kultuurilooline_kollektsioon, lk 11
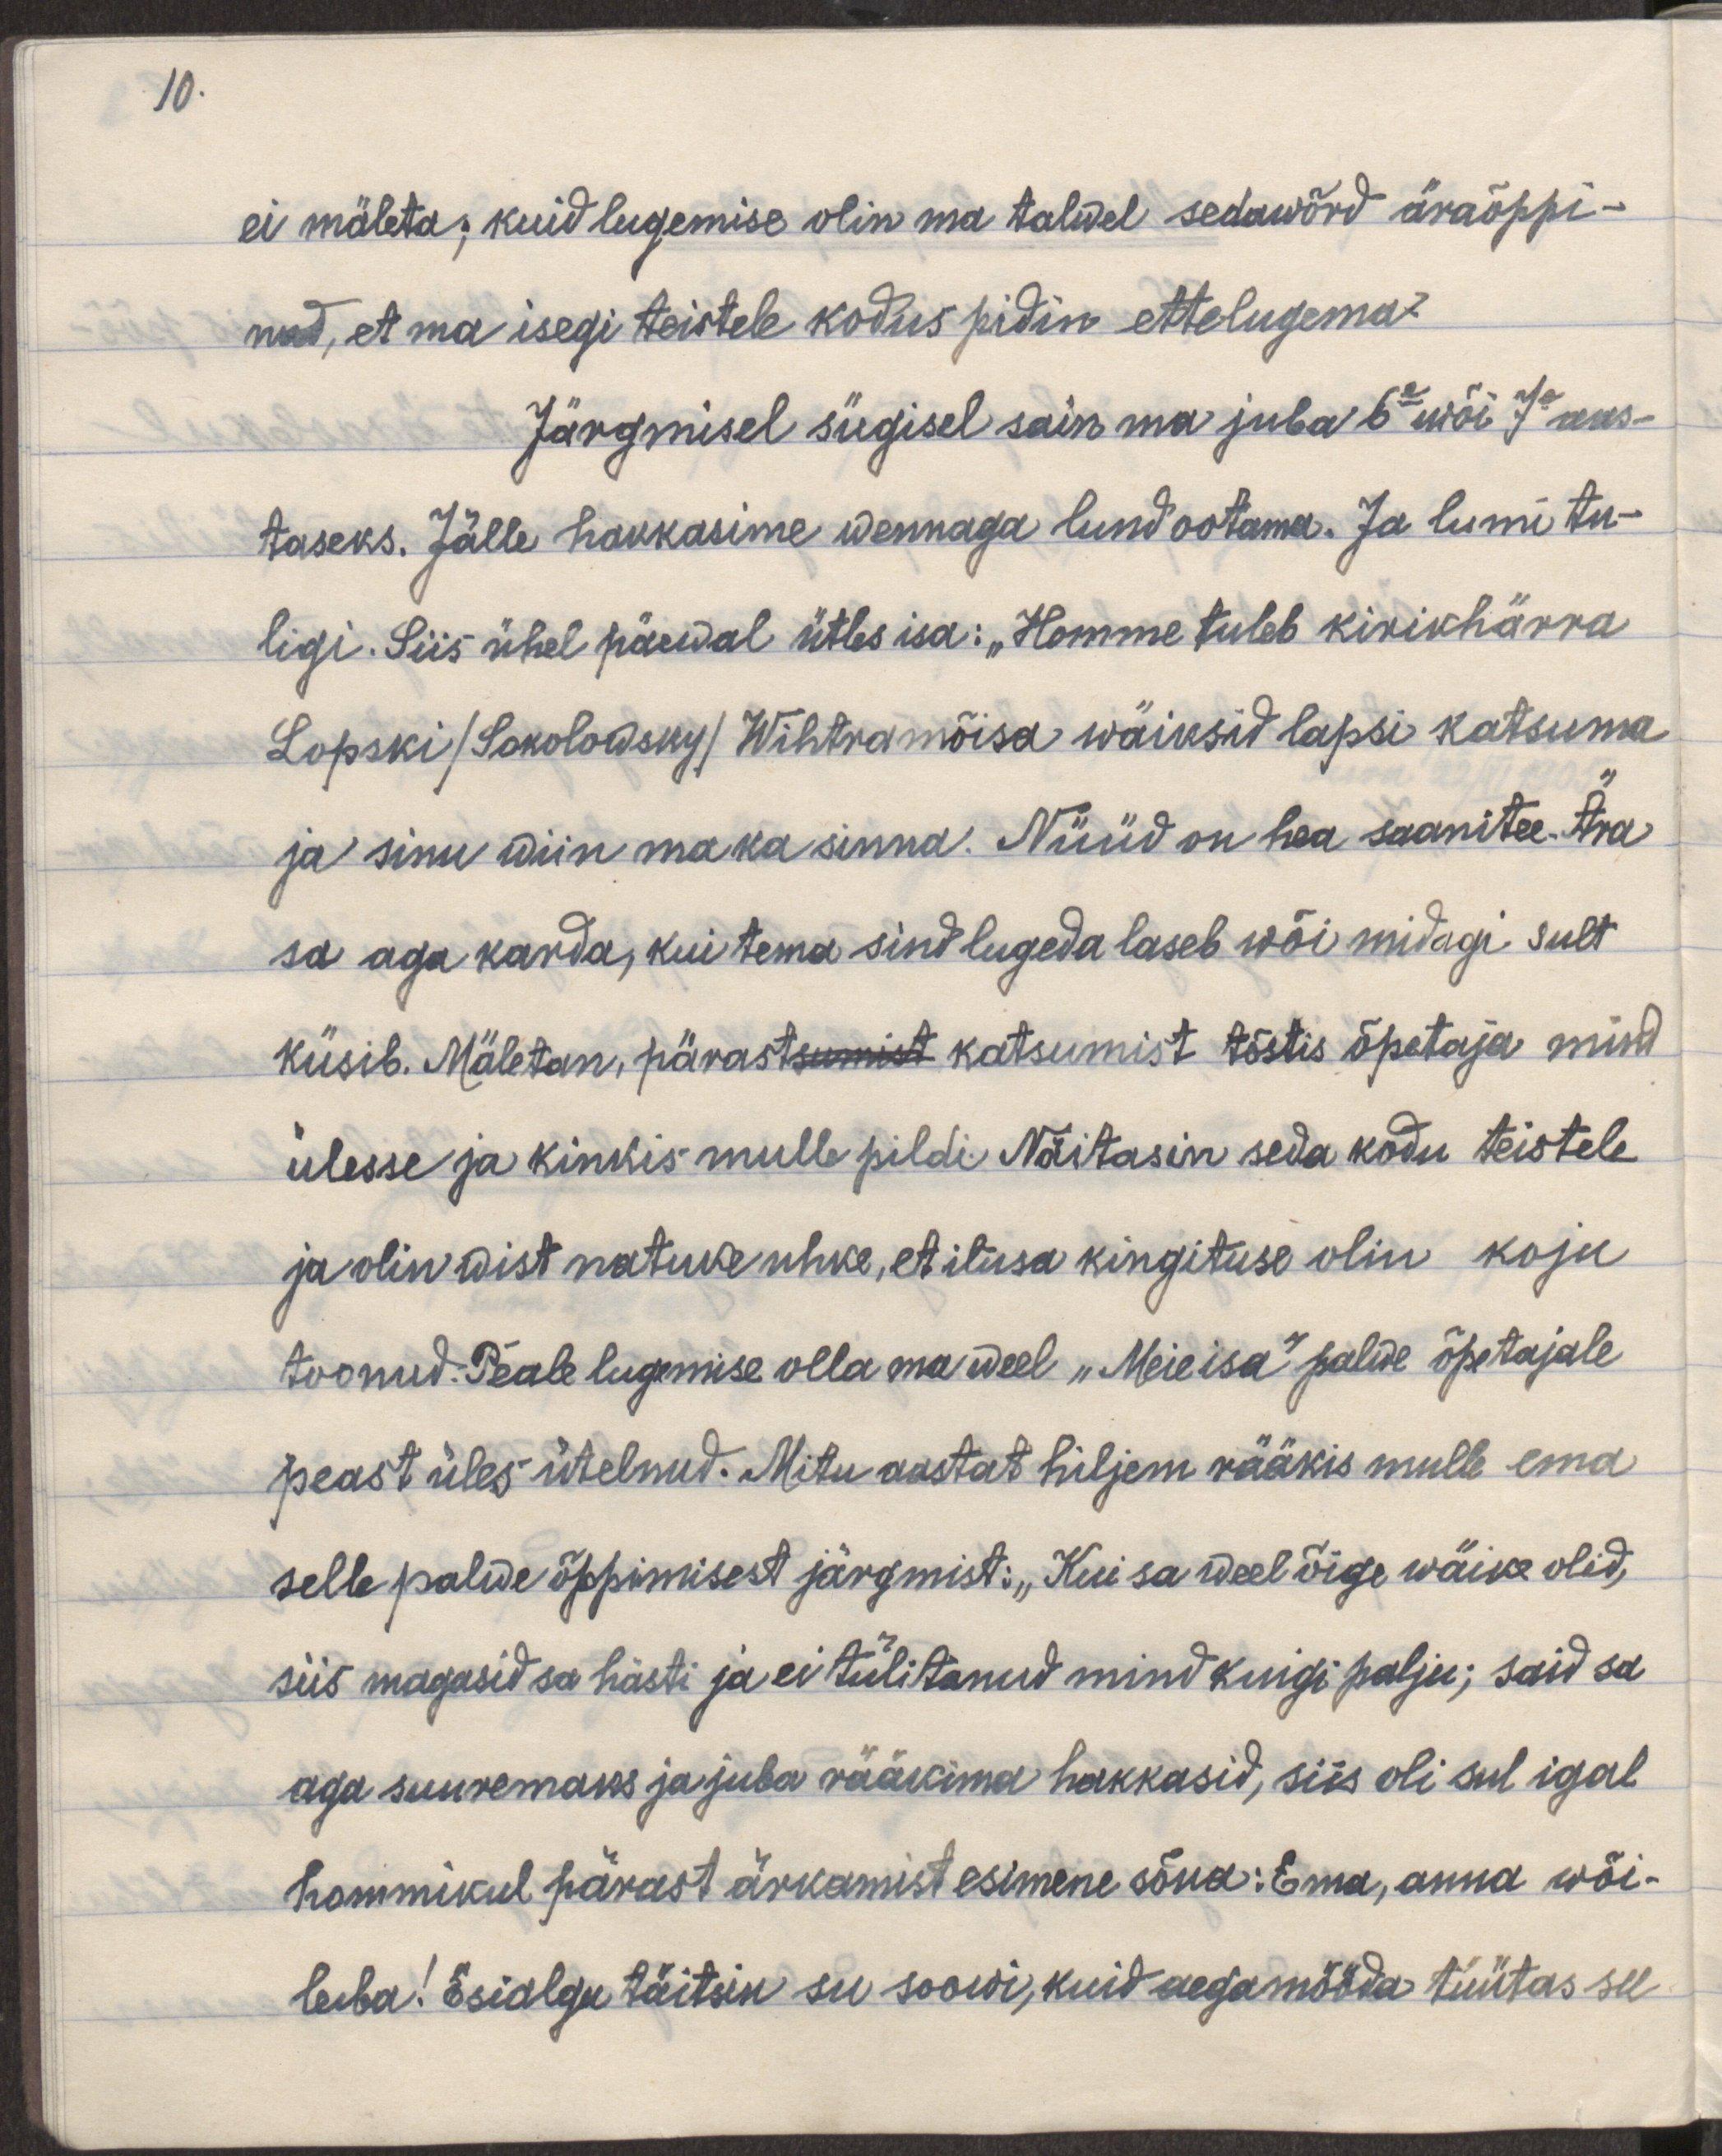
10.

ei mäleta; kuid lugemise olin ma talwel sedawõrd äraõppi-
nud, et ma isegi teistele kodus pidin ettelugema.
Järgmisel sügisel sain ma juba 6e wõi 7e aas-
taseks. Jälle hakkasime wennaga lund ootama. Ja lumi tu-
ligi. Siis ühel päewal ütles isa: "Homme tuleb kirikhärra
Sopski/Sokolowsky/ Wihtramõisa wäikesid lapsi katsuma
ja sinu wiin ma ka sinna. Nüüd on hea saanitee. Ära
sa aga karda, kui tema sind lugeda laseb või midagi sult
küsib. Mäletan, pärastsumist katsumist tõstis õpetaja mind
ülesse ja kinkis mulle pildi. Näitasin seda kodu teistele
ja olin wist natuke uhke, et ilusa kingituse olin koju
toonud. Peale lugemise olla ma weel "Meie isa" palwe õpetajale
peast üles ütelnud. Mitu aastat hiljem rääkis mulle ema
selle palwe õppimisest järgmist: "Kui sa weel õige wäike olid,
siis magasid sa hästi ja ei tülitanud mind kuigi palju; said sa
aga suuremaks ja juba rääkima hakkasid, siis oli sul igal
hommikul pärast ärkamist esimene sõna: Ema, anna wõi-
leiba! Esialgu täitsin su soovi, kuid aegamööda tüütas see